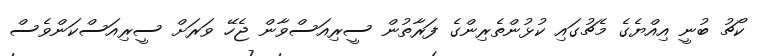
ކޯޗު ބުނީ އިއްޔެގެ މެޗުގައި ކުޅުންތެރިންގެ ފަރާތުން ސީރިއަސްވާން ޖެހޭ ވަރަށް ސީރިއަސްކަންވެސް